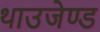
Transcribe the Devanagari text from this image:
थाउजेण्ड